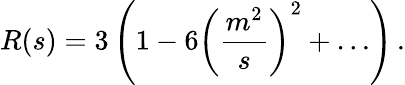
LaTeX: R(s)=3\left(1-6\left({\frac{m^{2}}{s}}\right)^{2}+\ldots\right)\, .